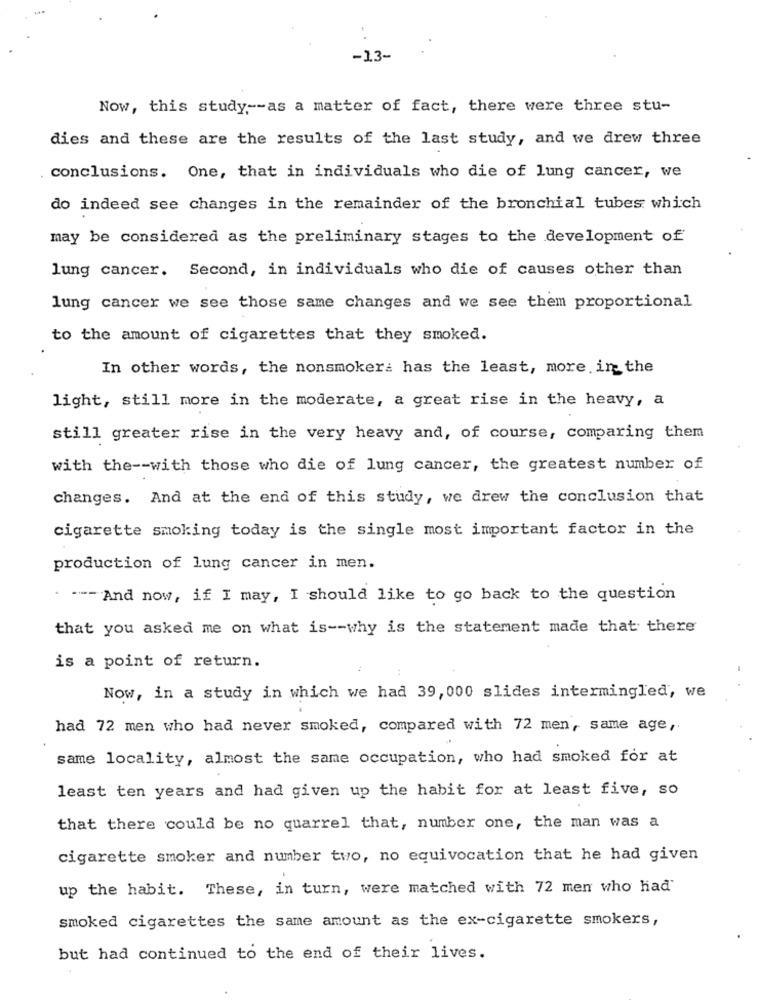
-13-
Now, this study -- as a matter of fact, there were three stu-
dies and these are the results of the last study, and we drew three
conclusions. One, that in individuals who die of lung cancer, we
do indeed see changes in the remainder of the bronchial tubes which
may be considered as the preliminary stages to the development of
lung cancer. Second, in individuals who die of causes other than
lung cancer we see those same changes and we see them proportional
to the amount of cigarettes that they smoked.
In other words, the nonsmoker: has the least, more. in the
light, still more in the moderate, a great rise in the heavy, a
still greater rise in the very heavy and, of course, comparing them
with the -- with those who die of lung cancer, the greatest number of
changes. And at the end of this study, we drew the conclusion that
cigarette smoking today is the single most important factor in the
production of lung cancer in men.
. --- And now, if I may, I should like to go back to the question
that you asked me on what is -- why is the statement made that there
is a point of return.
Now, in a study in which we had 39, 000 slides intermingled, we
had 72 men who had never smoked, compared with 72 men, same age,
same locality, almost the same occupation, who had smoked for at
least ten years and had given up the habit for at least five, so
that there could be no quarrel that, number one, the man was a
cigarette smoker and number two, no equivocation that he had given
up the habit. These, in turn, were matched with 72 men who had
smoked cigarettes the same amount as the ex-cigarette smokers,
but had continued to the end of their lives.